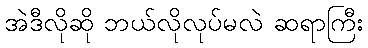
အဲဒီလိုဆို ဘယ်လိုလုပ်မလဲ ဆရာကြီး